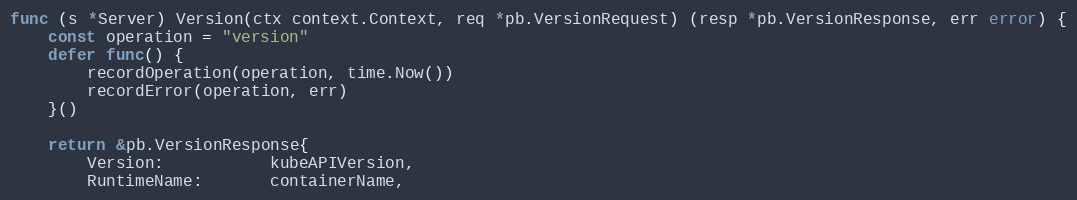
Language: Go
func (s *Server) Version(ctx context.Context, req *pb.VersionRequest) (resp *pb.VersionResponse, err error) {
	const operation = "version"
	defer func() {
		recordOperation(operation, time.Now())
		recordError(operation, err)
	}()

	return &pb.VersionResponse{
		Version:           kubeAPIVersion,
		RuntimeName:       containerName,